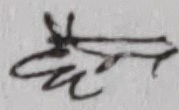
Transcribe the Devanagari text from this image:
ईटा